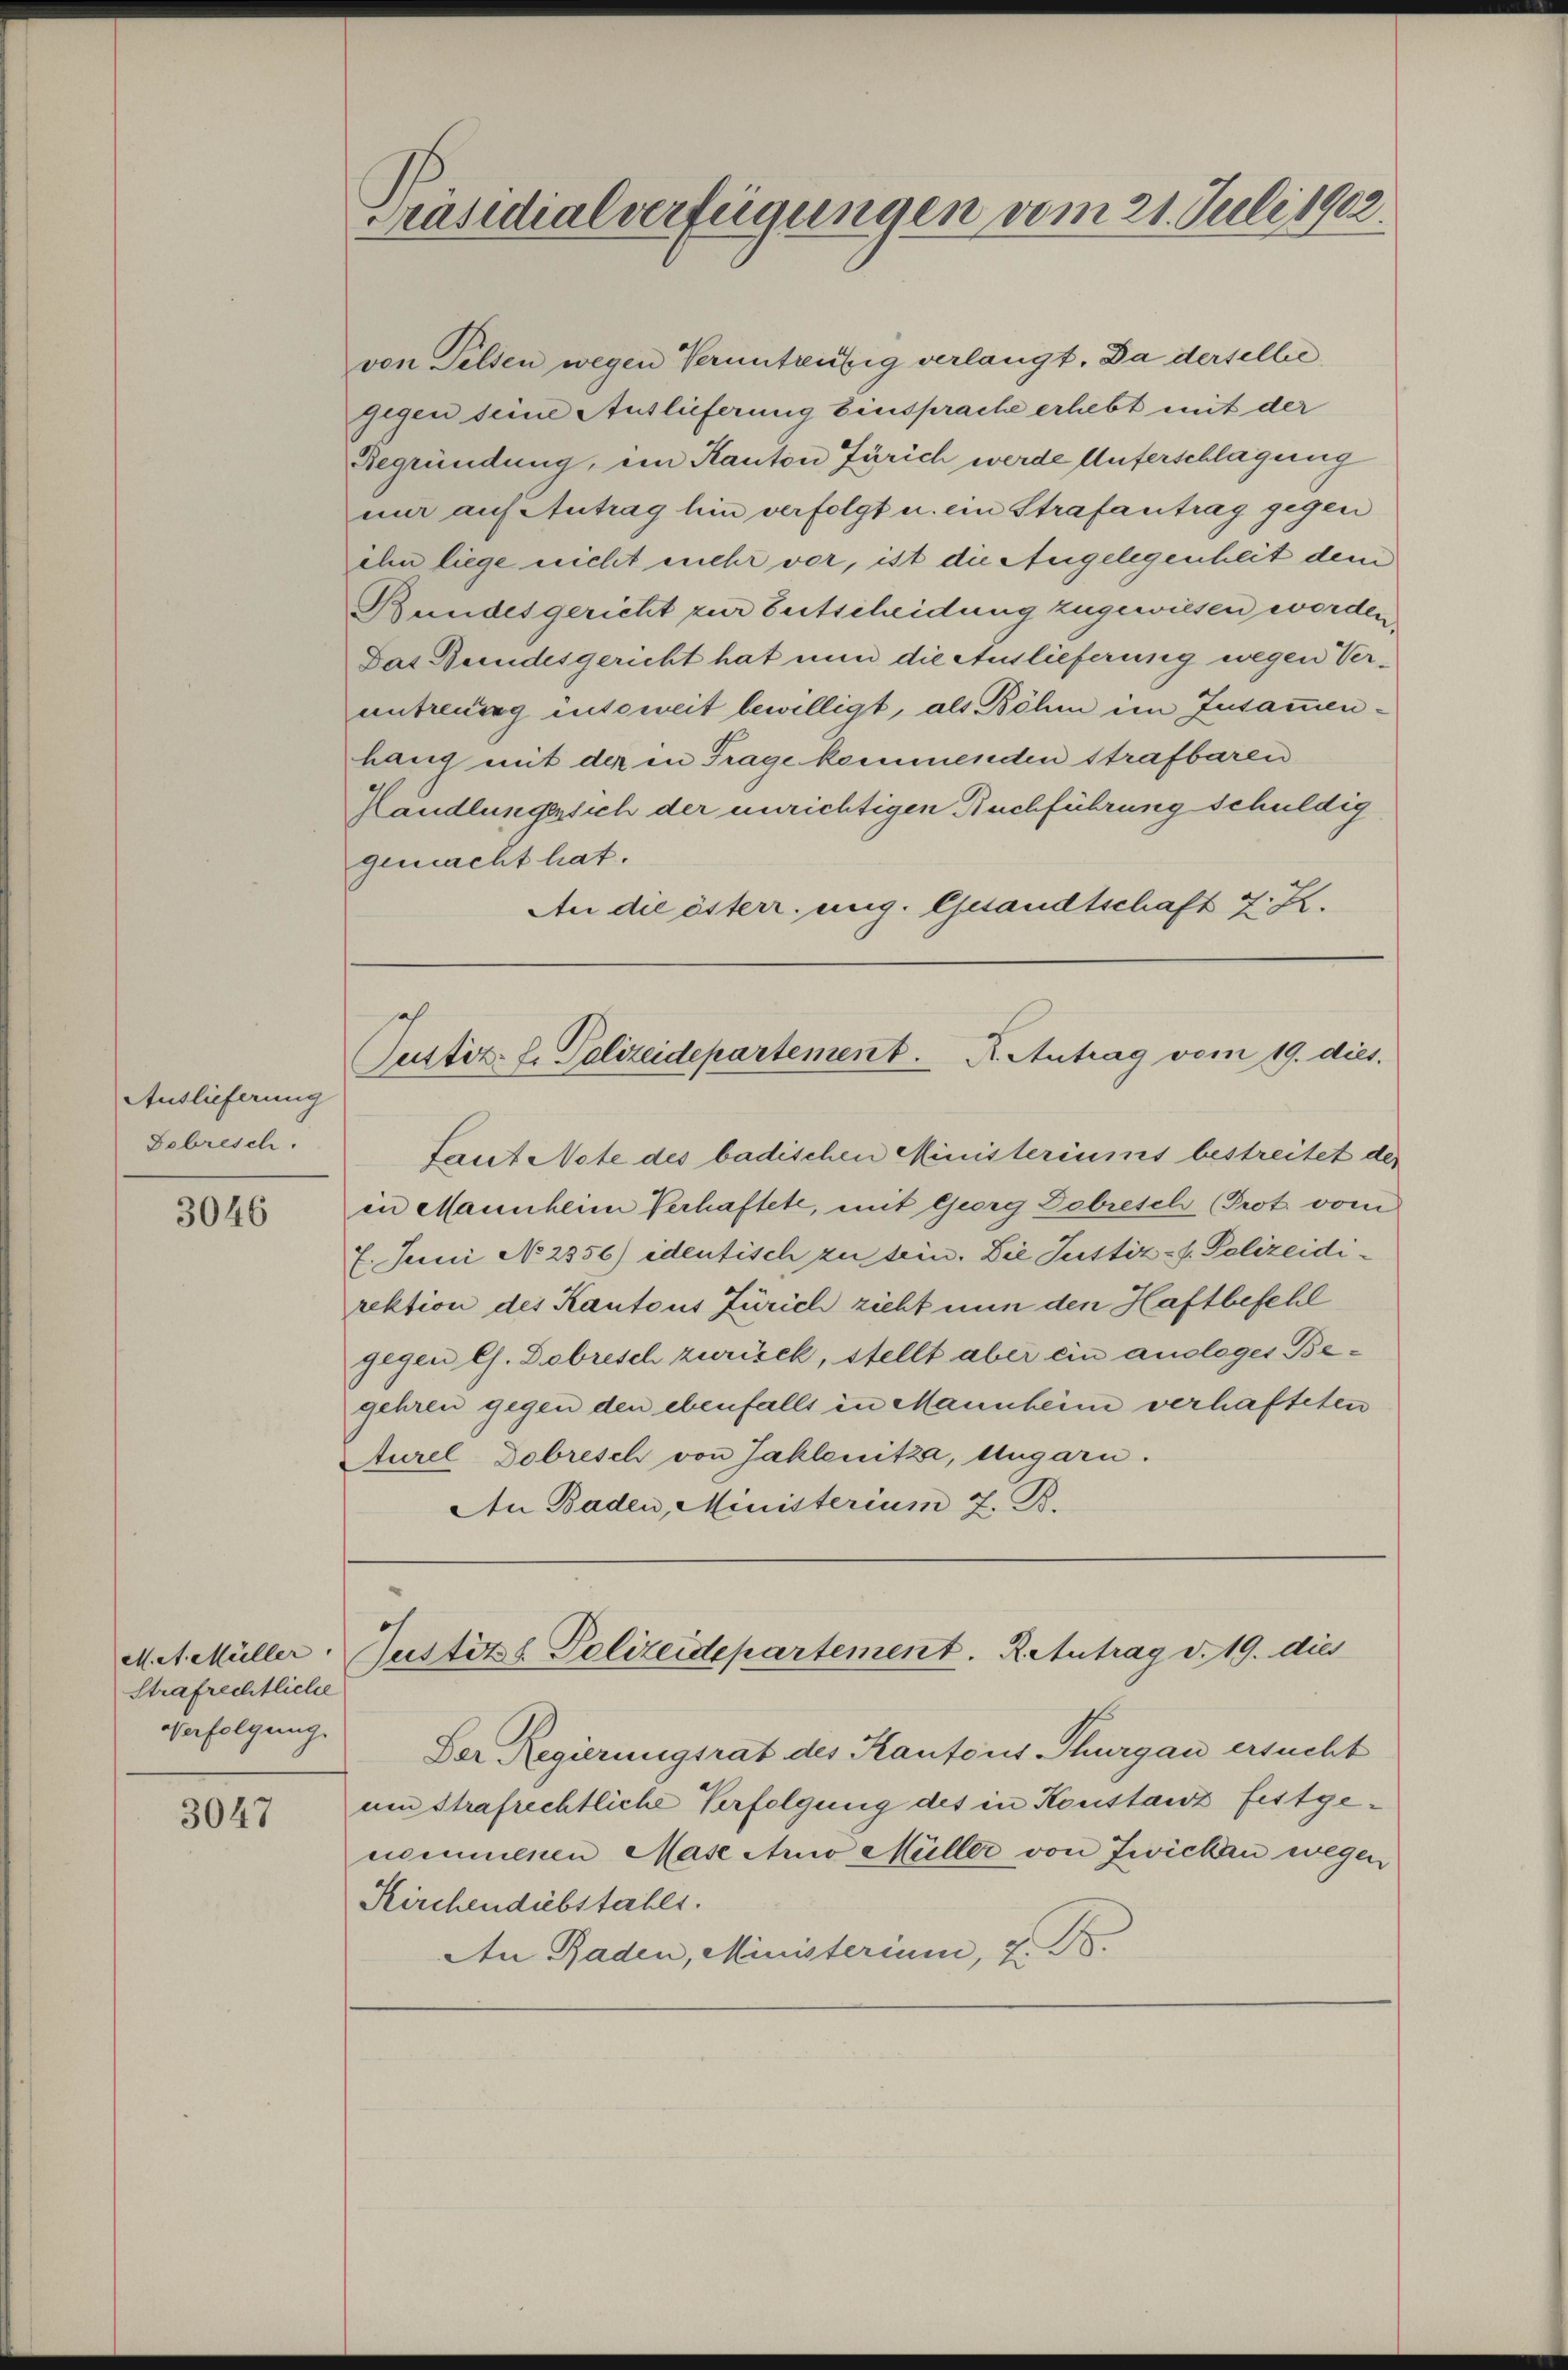
Auslieferung
Gebresch

3046

M. et. Müller.
Strafrechtliche
Verfolgung.

3047

Präsidialverfügungen vom 21. Juli 1902.

von Felsen wegen Veruntreufig verlangt. Da derselbe
gegen seine Auslieferung Einsprache erhebt mit der
Begründung, im Kanton Zürich werde Unterschlagung
nur auf Zutrag hin verfolgt u. ein Strafantrag gegen
ihn liege nicht mehr vor, ist die Angelegenheit dem
Bundesgericht zur Zeitscheidung zugewiesen worden.
Das Bundesgericht hat nun die Auslieferung wegen Verantreuung insoweit bewilligt, als Böhm im Zusammenhang mit der in Trage kommenden strafbaren
Handlungesich der unrichtigen Buchführung schuldig
gemacht hat.
An die österr. ung. Gesandtschaft z. Z.

Justiz. L. Polizeidepartement. K. Antrag vom 19. dies

Justitzl. Polizeidepartement. Reutrag d. 19. dies

Laut Note des badischen Ministeriums bestreitet der
in Mannheim Verhaftete, mit Georg Debresch (Prot. vom
7. Juni No 2356) identisch zu sein. Die Justiz- & Polizeidirektion des Kantons Zürich zieht nun den Haftbefehl
gegen es. Dobrisch zurück, stellt aber ein auslages Begehren gegen den ebenfalls in Mannheim verhafteten
Aurel Debresch von Jahlenitze, Ungarn.
An Baden, Ministerium 7. B.

Der Regierungsrat des Kantons Thurgau ersucht
um Strafrechtliche Verfolgung des in Konstanz festgenommenen Mase Ano Müller von Zwicken wegen
Kirchendiebstahlt.
An Baden, Ministerium, 7. B.